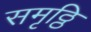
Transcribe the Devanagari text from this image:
समृठ्ठि